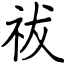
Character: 祓